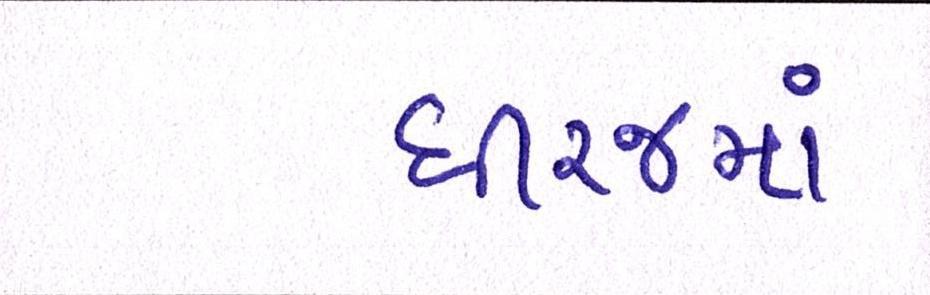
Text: ધીરજમાં